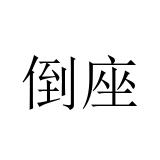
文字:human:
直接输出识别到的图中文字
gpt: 倒座